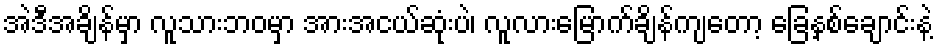
အဲဒီအချိန်မှာ လူသားဘဝမှာ အားအငယ်ဆုံးပဲ၊ လူလားမြောက်ချိန်ကျတော့ ခြေနှစ်ချောင်းနဲ့